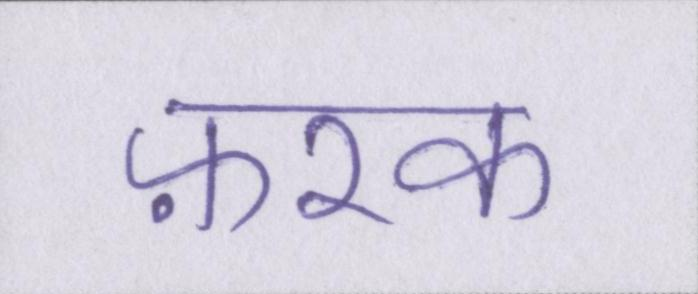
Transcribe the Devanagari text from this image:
फ़रक